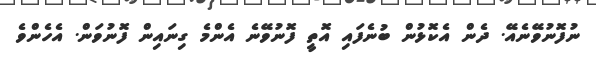
ނުފޮނުވޭނެއޭ. ދެން އެކޮޅުން ބުނެފައި އޮތީ ފޮނުވޭނެ އެންމެ ގިނައިން ފޮނުވަން. އެހެންވެ